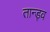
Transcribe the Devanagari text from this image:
तान्ड्व